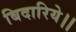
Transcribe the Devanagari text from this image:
बिदारिये।।